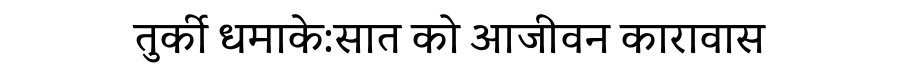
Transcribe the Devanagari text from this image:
तुर्की धमाके:सात को आजीवन कारावास